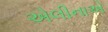
એલીનાએ